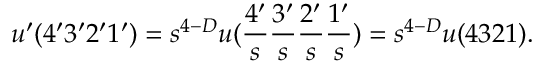
u ^ { \prime } ( 4 ^ { \prime } 3 ^ { \prime } 2 ^ { \prime } 1 ^ { \prime } ) = s ^ { 4 - D } u ( \frac { 4 ^ { \prime } } { s } \frac { 3 ^ { \prime } } { s } \frac { 2 ^ { \prime } } { s } \frac { 1 ^ { \prime } } { s } ) = s ^ { 4 - D } u ( 4 3 2 1 ) .